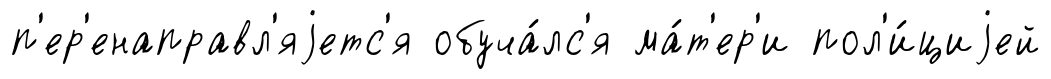
п'ер'енаправл'яjетс'я обуча́лс'я ма́т'ер'и пол'и́циjей